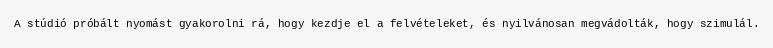
A stúdió próbált nyomást gyakorolni rá, hogy kezdje el a felvételeket, és nyilvánosan megvádolták, hogy szimulál.